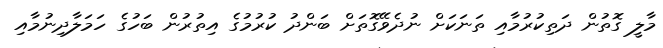
މާލީ ގޮތުން ދަތިކުރުމާއި ތަނަކަށް ނުދެވޭގޮތަށް ބަންދު ކުރުމުގެ އިތުރުން ބަހުގެ ހަމަލާދިނުމާއި